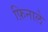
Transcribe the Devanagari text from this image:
फ़िनाले